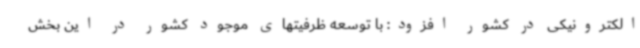
الکترونیکی در کشور افزود: با توسعه ظرفیتهای موجود کشور در این بخش